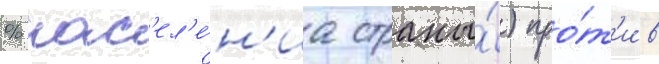
% нас'ел'е́н'иа страны́) про́т'ив